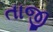
તાજી